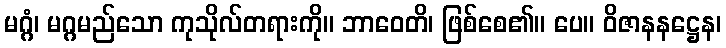
မဂ္ဂံ၊ မဂ္ဂမည်သော ကုသိုလ်တရားကို။ ဘာဝေတိ၊ ဖြစ်စေ၏။ ပေ။ ဝိဇာနနဋ္ဌေန၊